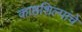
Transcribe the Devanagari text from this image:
काष्ठशिल्पांचे